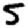
Digit: 5